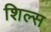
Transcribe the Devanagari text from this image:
शिल्स